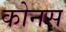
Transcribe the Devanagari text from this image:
कोनस